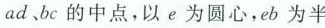
ad、bc的中点，以e为圆心，eb为半